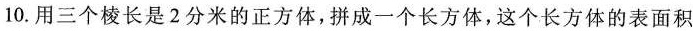
10.用三个棱长是2分米的正方体，拼成一个长方体，这个长方体的表面积